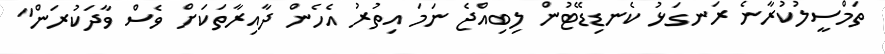
ތަމްސީލުކުރާނެ ރަނގަޅު ކެނޑިޑޭޓުން ލިބިއްޖެ ނަމަ އިތުރު އެހެން ދާއިރާތަކަށް ވެސް ވާދަކުރަން"